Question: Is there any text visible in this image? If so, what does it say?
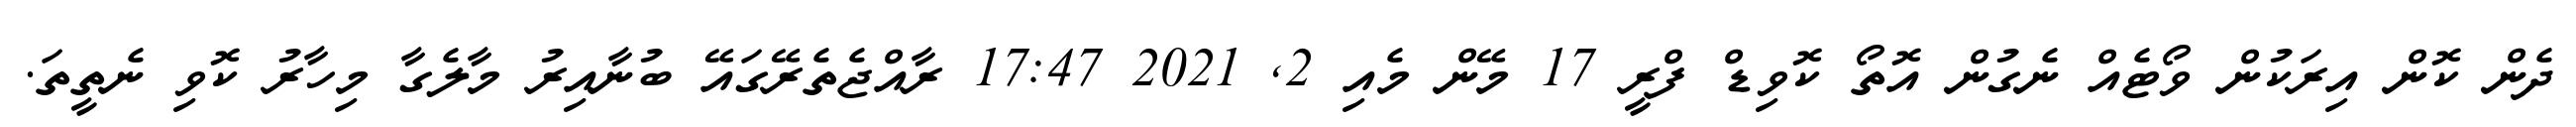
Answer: ދެން ކޮން އިރަކުން ވޯޓެއް ނެގުން އޮތޯ ކޮވިޑް ފްރީ 17 މޭން މެއި 2, 2021 17:47 ރާއްޖެތެރޭގައޭ ބުނާއިރު މާލެގާ މިހާރު ކޮވި ނެތީތަ.